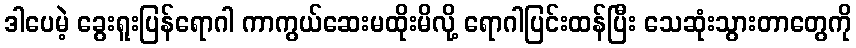
ဒါပေမဲ့ ခွေးရူးပြန်ရောဂါ ကာကွယ်ဆေးမထိုးမိလို့ ရောဂါပြင်းထန်ပြီး သေဆုံးသွားတာတွေကို